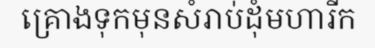
គ្រោងទុកមុនសំរាប់ដុំមហារីក